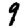
Digit: 9